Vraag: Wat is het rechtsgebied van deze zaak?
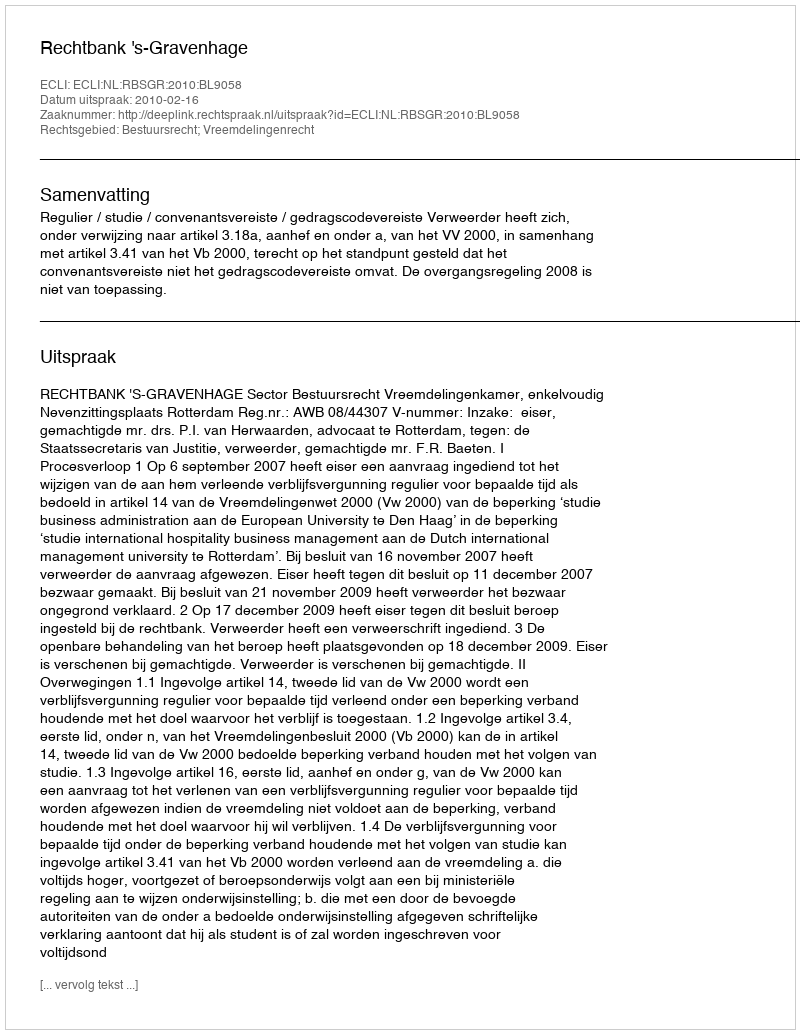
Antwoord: Bestuursrecht; Vreemdelingenrecht